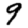
Digit: 9